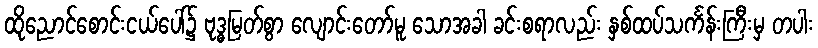
ထိုညောင်စောင်းငယ်ပေါ်၌ ဗုဒ္ဓမြတ်စွာ လျောင်းတော်မူ သောအခါ ခင်းစရာလည်း နှစ်ထပ်သင်္ကန်းကြီးမှ တပါး